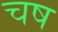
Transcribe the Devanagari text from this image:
चष